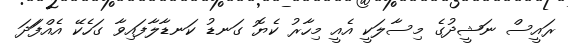
ރައީސް ނަޝީދުގެ މިސާލަކީ އެއީ މިހާރު ކެޔޮ ގަނޑު ކަނޑާލާފައިވާ ގަހެކޭ އެއްފަަދަ